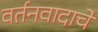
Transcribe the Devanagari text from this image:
वर्तनवादाचे